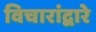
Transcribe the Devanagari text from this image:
विचारांद्वारे